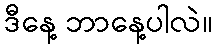
ဒီနေ့ ဘာနေ့ပါလဲ။